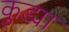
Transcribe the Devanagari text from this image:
कुड्या